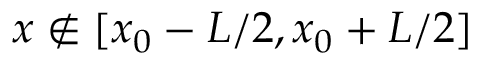
x \notin [ x _ { 0 } - L / 2 , x _ { 0 } + L / 2 ]